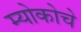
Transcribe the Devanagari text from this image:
म्योकोचे